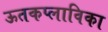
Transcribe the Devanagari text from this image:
ऊतकप्लाविका